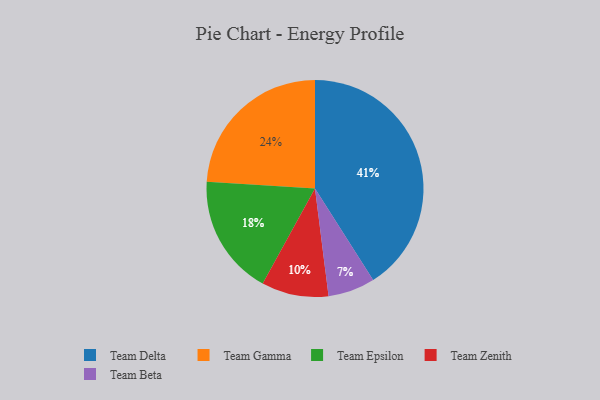
{"axis": {"x": "Category", "y": "Percentage"}, "legend": ["Team Beta", "Team Delta", "Team Epsilon", "Team Gamma", "Team Zenith"], "data": [{"x": "Team Zenith", "y": 10, "type": "Team Zenith"}, {"x": "Team Delta", "y": 41, "type": "Team Delta"}, {"x": "Team Gamma", "y": 24, "type": "Team Gamma"}, {"x": "Team Beta", "y": 7, "type": "Team Beta"}, {"x": "Team Epsilon", "y": 18, "type": "Team Epsilon"}]}